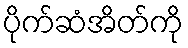
ပိုက်ဆံအိတ်ကို